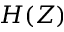
H ( Z )